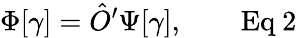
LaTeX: \Phi[\gamma]={\hat{O}}^{\prime}\Psi[\gamma],\qquad{\mathrm{Eq~2}}